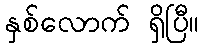
နှစ်လောက် ရှိပြီ။